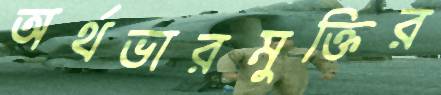
অর্থভারমুক্তির